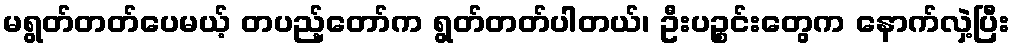
မရွတ်တတ်ပေမယ့် တပည့်တော်က ရွတ်တတ်ပါတယ်၊ ဦးပဉ္စင်းတွေက နောက်လှဲ့ပြီး